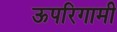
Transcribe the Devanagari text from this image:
ऊपरिगामी